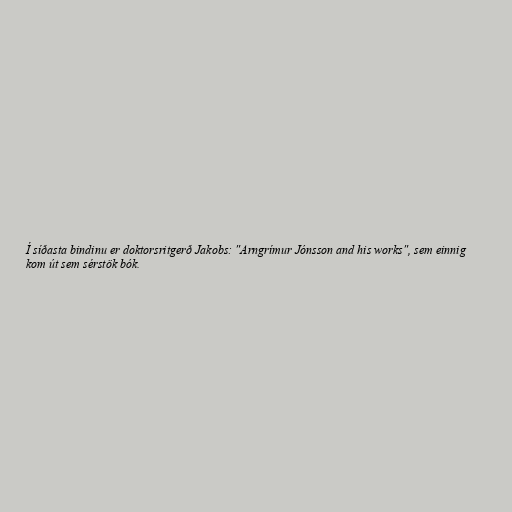
Í síðasta bindinu er doktorsritgerð Jakobs: "Arngrímur Jónsson and his works", sem einnig
kom út sem sérstök bók.